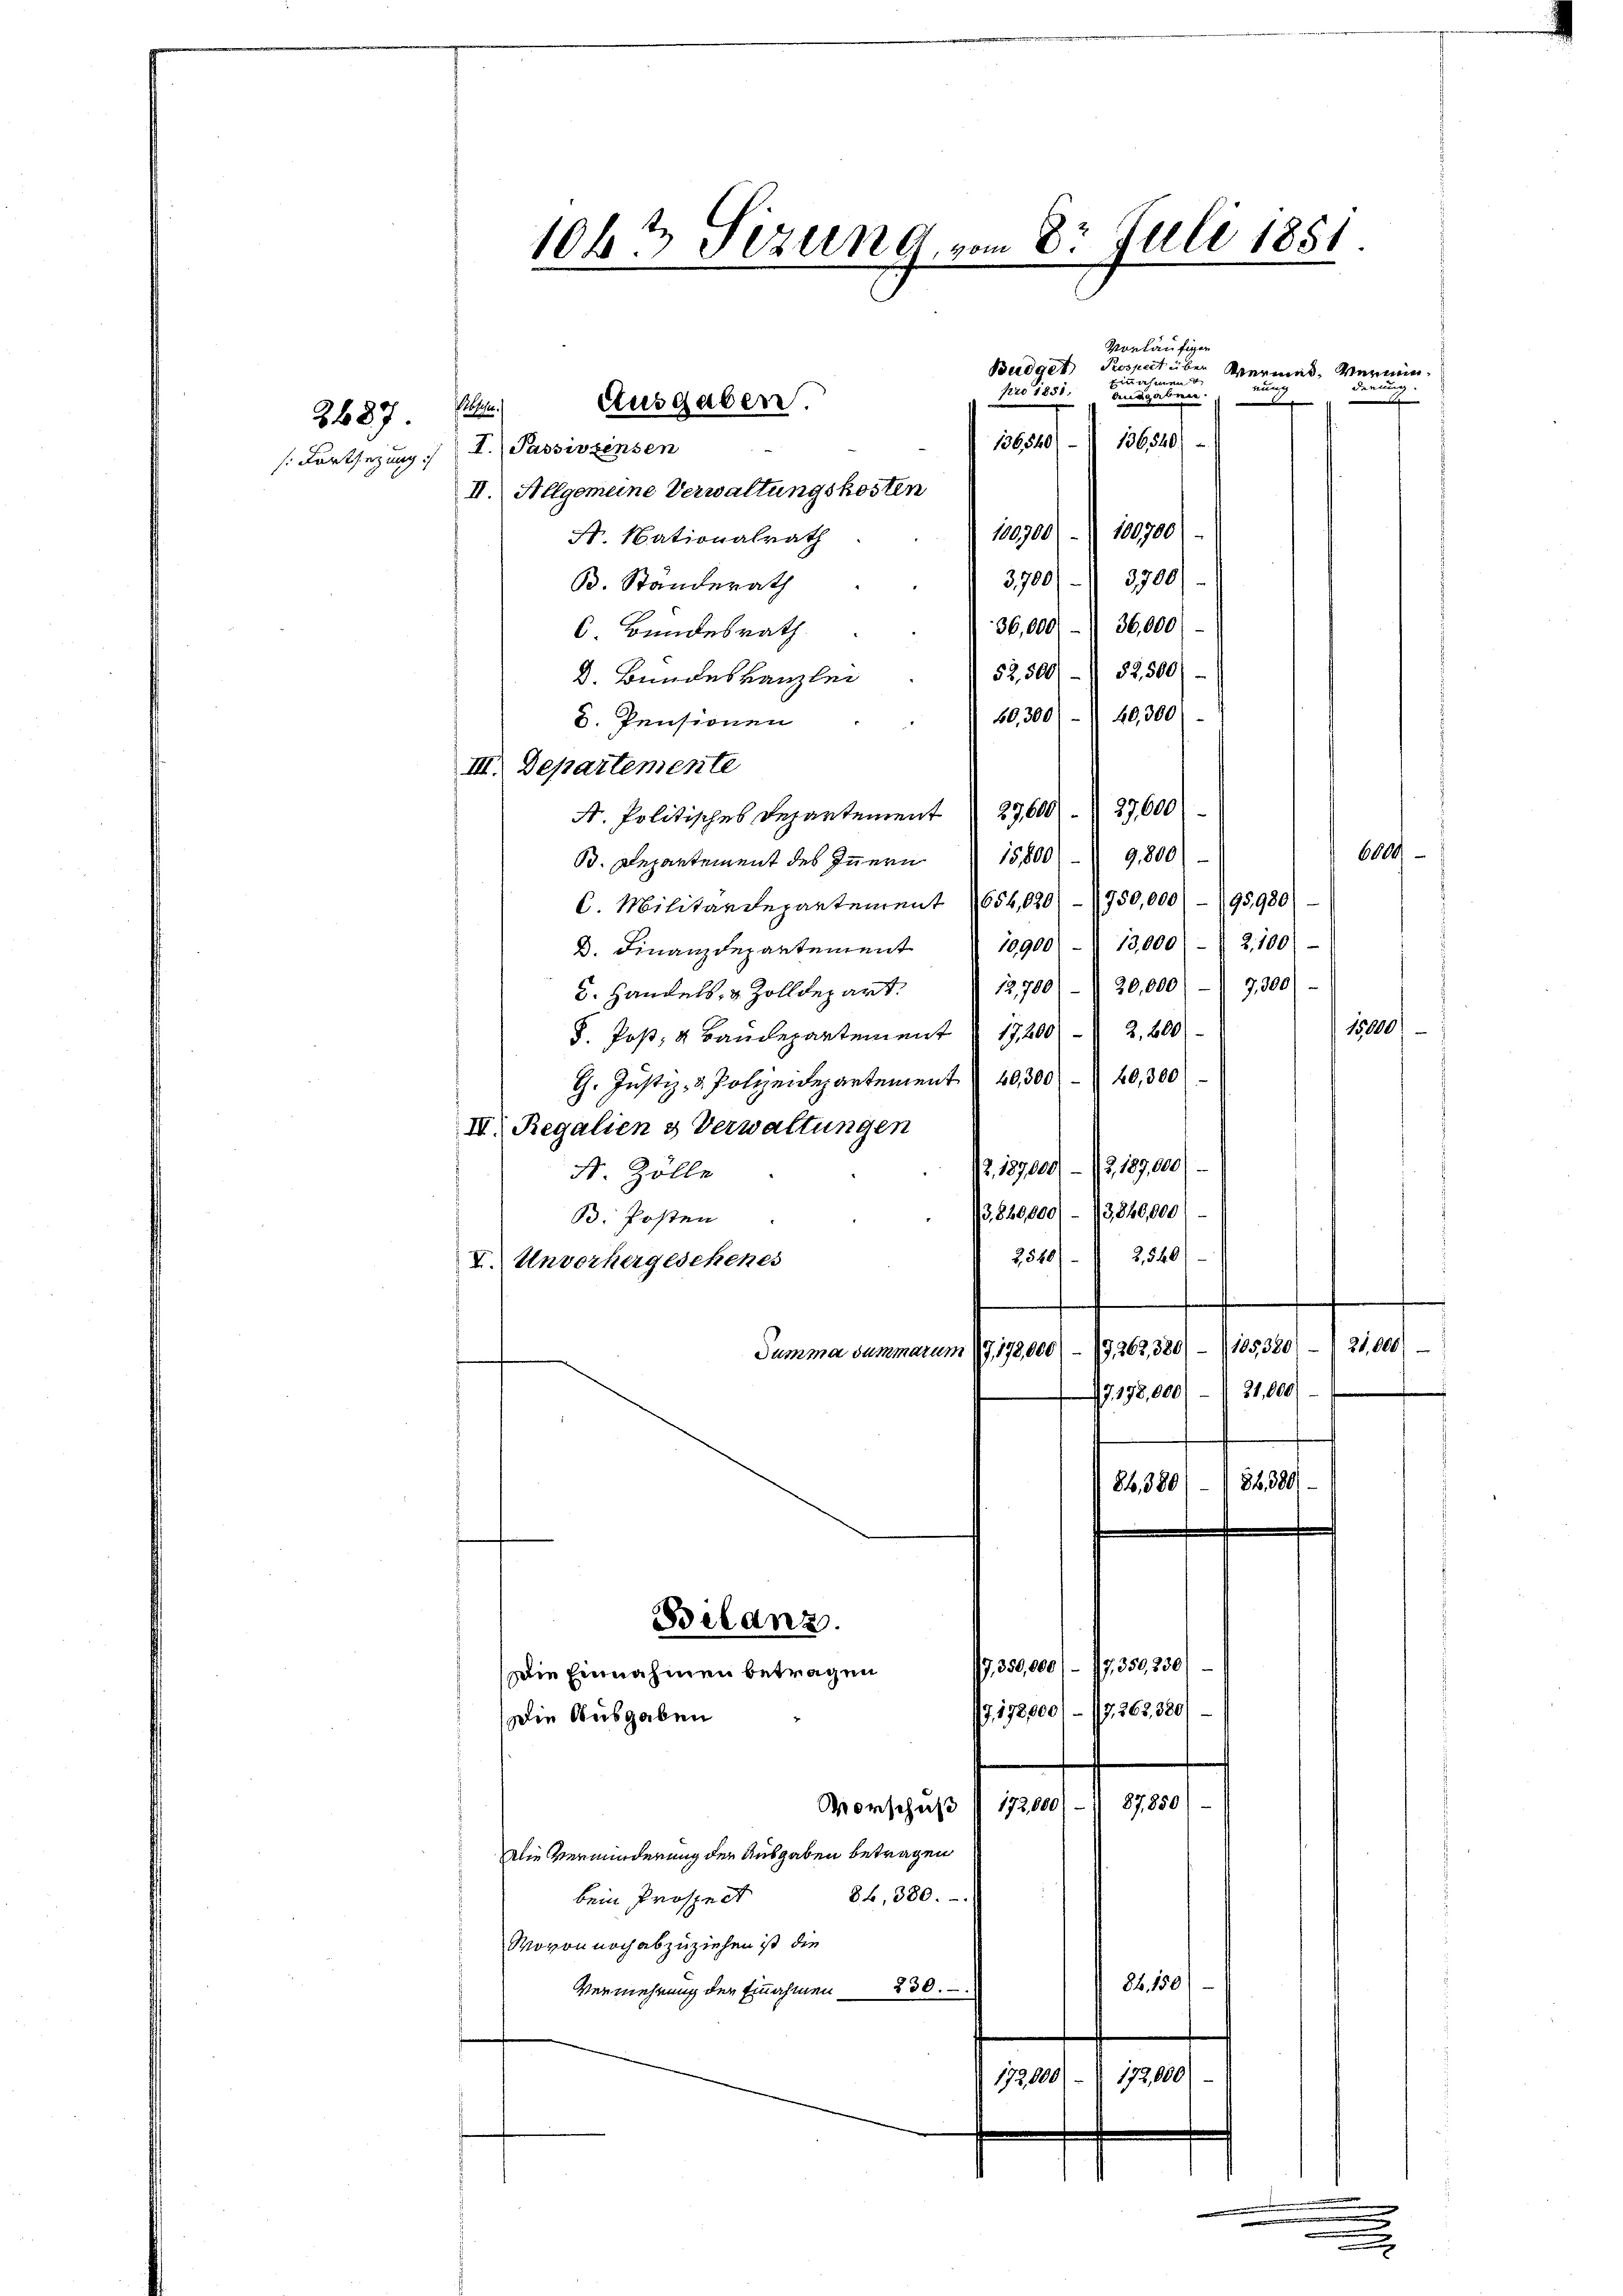
2487.

Bedarf den
" Vermes, Ver
e
Fr
pro 1851.
Ausgaben.
x
Possen.
136540)
.
Fortsezung I. Passivzinsen
II. Allgemeine Verwaltungskosten
100900. 100700)
F. Nationalrath
3,700/ 3500)
B. Standerath
36,000 - 36,000.
C. Bundesrath.
52,500/ 52500).
D. Bundeskanzlei
60,300)- II 40,300
2. Pensionen
III. Departemente
A. Politisches Departement  27,600. 27600)
6800
B. Departement des Innern 15800/9,800
C. Militärdepartement 1654,020/ 750,000 - 195980.
D. Finanzdepartement " 10900. 13,000 - 2. 100)
12,700/  20,000) - 7,300
5. Handels- & Zolldepart.
15000
F. Post, 4 Baudepartement  1720012. 600
G. Justiz- & Polizeidepartement  40,300) - 40,300
IV. Regalien & Verwaltungen
Z. 187000 - 12, 107,000)
S. Zölle
3,820,000 (13840,000
B. Posten
2520/2540
I. Unvorhergesehenes
e
Summa summarum 1/G,178,000 (- (9262, 380/ – 105380) - (21,000)
7198,000/21,000)
84,380/ 182380
Bilanz.
79. 350,000/ – 17. 350, 230)
Die Einnahmen betragen
7, 172,000 – 17. 262, 380)
Die Ausgaben
87850
Vorschuß mach
Die Verminderung der Ausgaben betragen
86, 380.
bein Prospect
Wovon noch abzuziehen ist die
84. 150
Vermehrung der Einnahmen 230.
173,000
17,000

1063 Sizung, vom 8. Juli 1851

Ausgaben.

u

ier
aun
ug
4